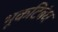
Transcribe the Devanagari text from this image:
भूकटिबंध